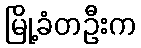
မြို့ခံတဦးက